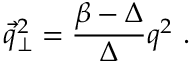
{ \vec { q } } _ { \perp } ^ { 2 } = { \frac { \beta - \Delta } { \Delta } } q ^ { 2 } \ .